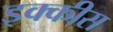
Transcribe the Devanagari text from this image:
इक्‍कीस